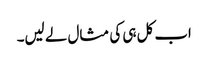
اب کل ہی کی مثال لے لیں۔